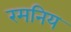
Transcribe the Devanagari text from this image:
रमनिय